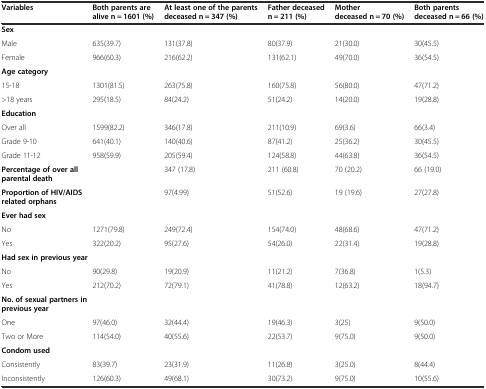
<table><thead><tr><td><b>Variables</b></td><td><b>Both parents are alive n = 1601 (%)</b></td><td><b>At least one of the parents deceased n = 347 (%)</b></td><td><b>Father deceased n = 211 (%)</b></td><td><b>Mother deceased n = 70 (%)</b></td><td><b>Both parents deceased n = 66 (%)</b></td></tr></thead><tbody><tr><td colspan="6"><b>Sex</b></td></tr><tr><td>Male</td><td>635(39.7)</td><td>131(37.8)</td><td>80(37.9)</td><td>21(30.0)</td><td>30(45.5)</td></tr><tr><td>Female</td><td>966(60.3)</td><td>216(62.2)</td><td>131(62.1)</td><td>49(70.0)</td><td>36(54.5)</td></tr><tr><td colspan="6"><b>Age category</b></td></tr><tr><td>15-18</td><td>1301(81.5)</td><td>263(75.8)</td><td>160(75.8)</td><td>56(80.0)</td><td>47(71.2)</td></tr><tr><td>&gt;18 years</td><td>295(18.5)</td><td>84(24.2)</td><td>51(24.2)</td><td>14(20.0)</td><td>19(28.8)</td></tr><tr><td colspan="6"><b>Education</b></td></tr><tr><td>Over all</td><td>1599(82.2)</td><td>346(17.8)</td><td>211(10.9)</td><td>69(3.6)</td><td>66(3.4)</td></tr><tr><td>Grade 9-10</td><td>641(40.1)</td><td>140(40.6)</td><td>87(41.2)</td><td>25(36.2)</td><td>30(45.5)</td></tr><tr><td>Grade 11-12</td><td>958(59.9)</td><td>205(59.4)</td><td>124(58.8)</td><td>44(63.8)</td><td>36(54.5)</td></tr><tr><td><b>Percentage of over all parental death</b></td><td></td><td>347 (17.8)</td><td>211 (60.8)</td><td>70 (20.2)</td><td>66 (19.0)</td></tr><tr><td><b>Proportion of HIV/AIDS related orphans</b></td><td></td><td>97(4.99)</td><td>51(52.6)</td><td>19 (19.6)</td><td>27(27.8)</td></tr><tr><td colspan="6"><b>Ever had sex</b></td></tr><tr><td>No</td><td>1271(79.8)</td><td>249(72.4)</td><td>154(74.0)</td><td>48(68.6)</td><td>47(71.2)</td></tr><tr><td>Yes</td><td>322(20.2)</td><td>95(27.6)</td><td>54(26.0)</td><td>22(31.4)</td><td>19(28.8)</td></tr><tr><td colspan="6"><b>Had sex in previous year</b></td></tr><tr><td>No</td><td>90(29.8)</td><td>19(20.9)</td><td>11(21.2)</td><td>7(36.8)</td><td>1(5.3)</td></tr><tr><td>Yes</td><td>212(70.2)</td><td>72(79.1)</td><td>41(78.8)</td><td>12(63.2)</td><td>18(94.7)</td></tr><tr><td colspan="6"><b>No. of sexual partners in previous year</b></td></tr><tr><td>One</td><td>97(46.0)</td><td>32(44.4)</td><td>19(46.3)</td><td>3(25)</td><td>9(50.0)</td></tr><tr><td>Two or More</td><td>114(54.0)</td><td>40(55.6)</td><td>22(53.7)</td><td>9(75.0)</td><td>9(50.0)</td></tr><tr><td colspan="6"><b>Condom used</b></td></tr><tr><td>Consistently</td><td>83(39.7)</td><td>23(31.9)</td><td>11(26.8)</td><td>3(25.0)</td><td>8(44.4)</td></tr><tr><td>Inconsistently</td><td>126(60.3)</td><td>49(68.1)</td><td>30(73.2)</td><td>9(75.0)</td><td>10(55.6)</td></tr></tbody></table>